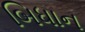
બિધાન